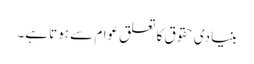
بنیادی حقوق کا تعلق عوام سے ہوتا ہے۔